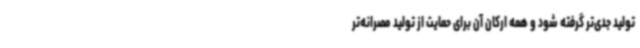
تولید جدی‌تر گرفته شود و همه ارکان آن برای حمایت از تولید مصرانه‌تر